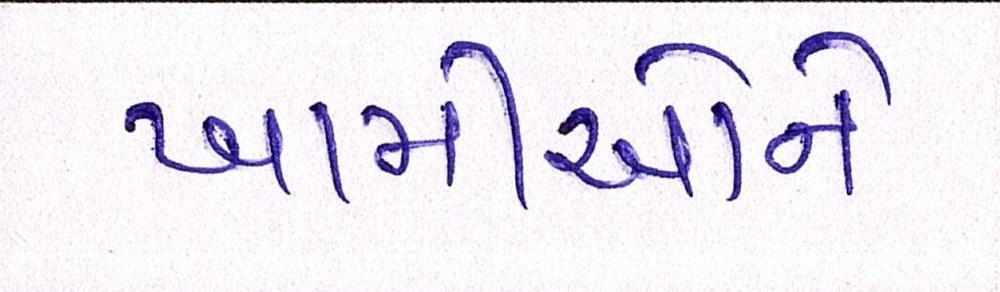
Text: ખામીઓને